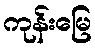
ကုန်းမြေ